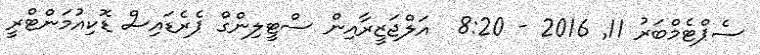
ސެޕްޓެމްބަރު 11